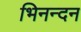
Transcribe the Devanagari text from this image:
भिनन्दन